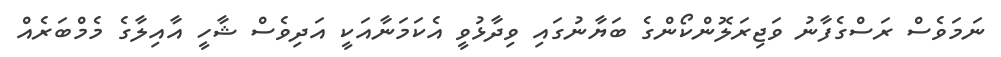
ނަމަވެސް ރަސްގެފާނު ވަޖިރަލޮންކޯންގެ ބަޔާނުގައި ވިދާޅުވީ އެކަމަނާއަކީ އަދިވެސް ޝާހީ އާއިލާގެ މެމްބަރެއް